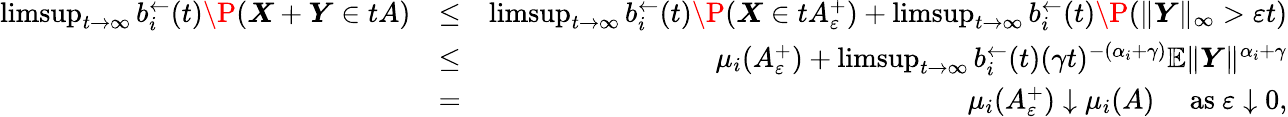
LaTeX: \begin{array}{rlr}{\operatorname*{limsup}_{t\to\infty}b_{i}^{\leftarrow}(t)\P(\boldsymbol X+\boldsymbol Y\in tA)}&{\leq}&{\operatorname*{limsup}_{t\to\infty}b_{i}^{\leftarrow}(t)\P(\boldsymbol X\in tA_{\varepsilon}^{+})+\operatorname*{limsup}_{t\to\infty}b_{i}^{\leftarrow}(t)\P(\| \boldsymbol Y\| _{\infty}>\varepsilon t)}\\ &{\leq}&{\mu_{i}(A_{\varepsilon}^{+})+\operatorname*{limsup}_{t\to\infty}b_{i}^{\leftarrow}(t)(\gamma t)^{-(\alpha_{i}+\gamma)}\mathbb{E}\| \boldsymbol Y\| ^{\alpha_{i}+\gamma}}\\ &{=}&{\mu_{i}(A_{\varepsilon}^{+})\downarrow\mu_{i}(A)\quad\mathrm{~as~}\varepsilon\downarrow 0,}\end{array}